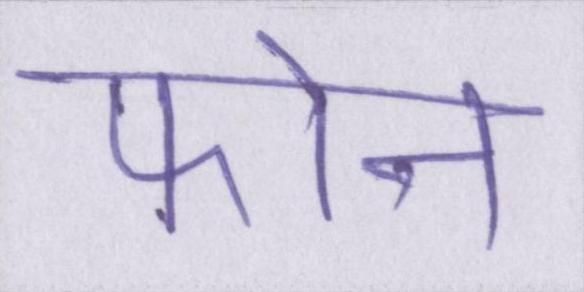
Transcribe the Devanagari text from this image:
फोन